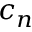
c _ { n }